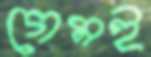
গেমই